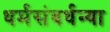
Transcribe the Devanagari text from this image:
धर्मसंवर्धन्या